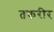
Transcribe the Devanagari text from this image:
तकरीर